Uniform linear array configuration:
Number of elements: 32
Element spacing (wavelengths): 0.5
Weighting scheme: hann
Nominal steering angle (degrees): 60
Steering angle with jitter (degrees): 60.843
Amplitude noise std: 0.05
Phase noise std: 0.05

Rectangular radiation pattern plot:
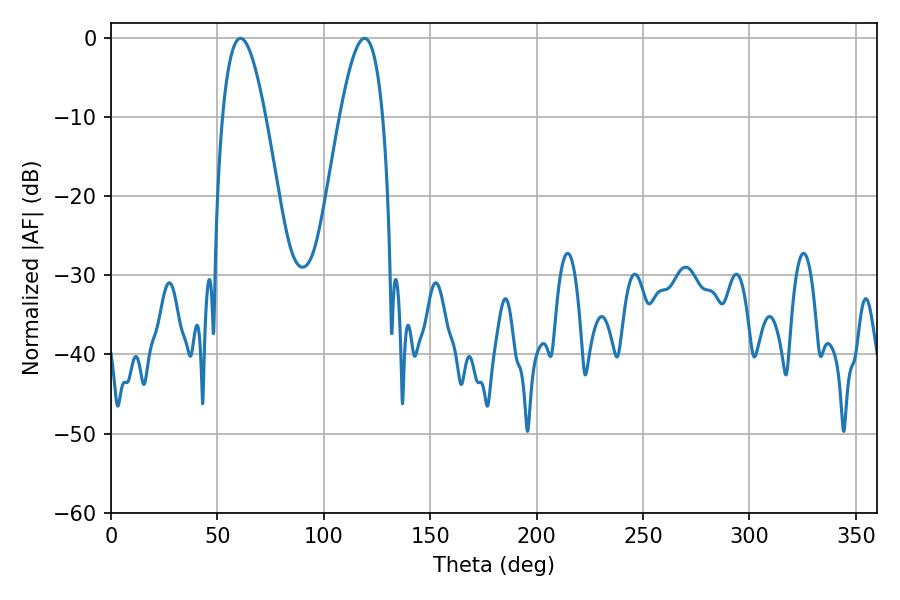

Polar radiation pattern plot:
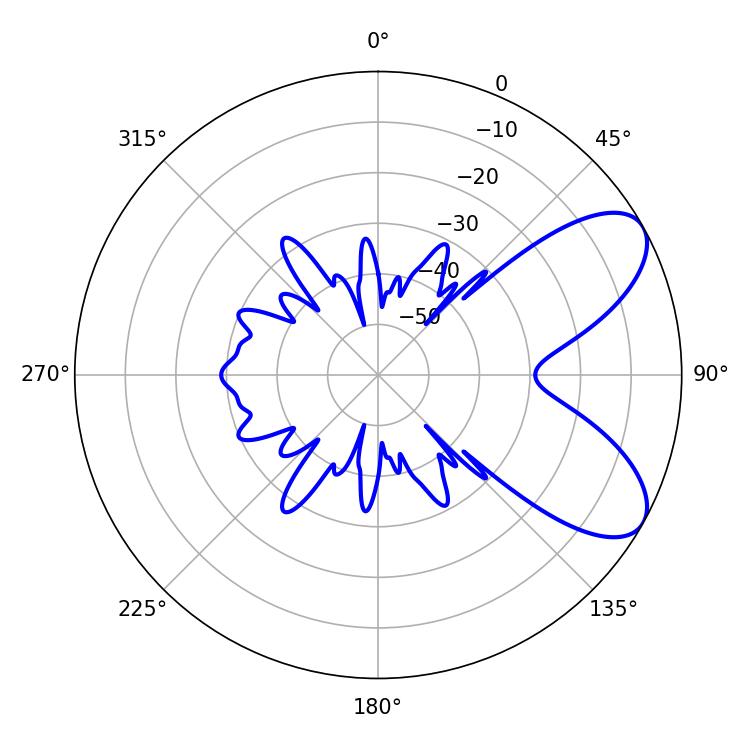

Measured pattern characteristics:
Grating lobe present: FALSE
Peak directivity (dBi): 7.384
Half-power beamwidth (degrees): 10.98
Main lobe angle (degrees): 60.84